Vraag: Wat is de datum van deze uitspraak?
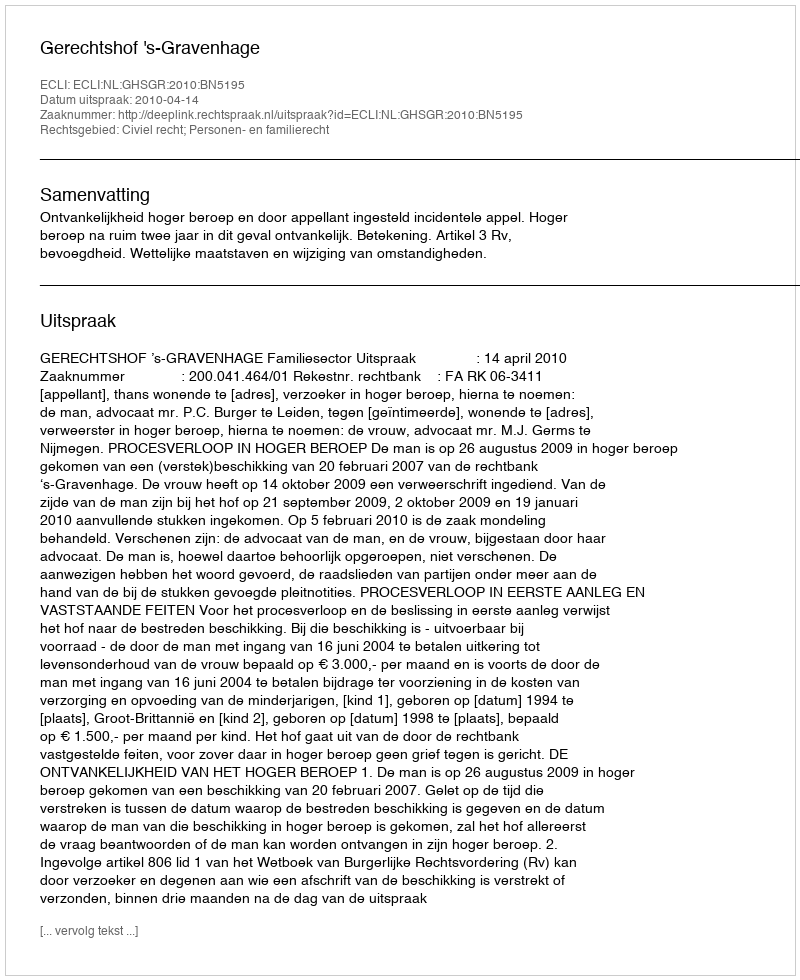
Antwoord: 2010-04-14